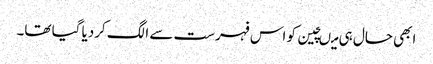
ابھی حال ہی میںچین کو اس فہرست سے الگ کردیا گیا تھا۔